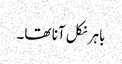
باہر نکل آنا تھا۔